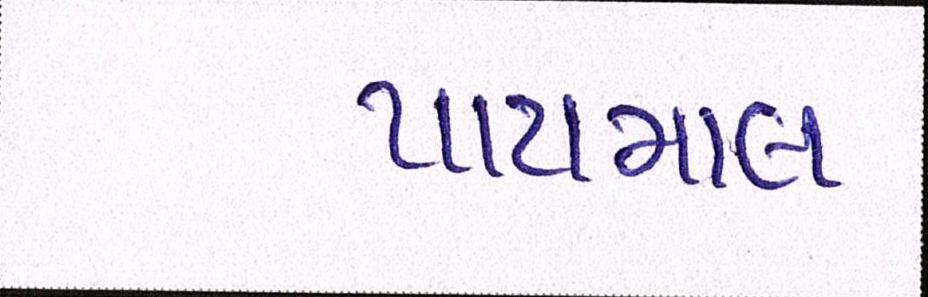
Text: પાયમાલ